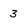
Character: 3